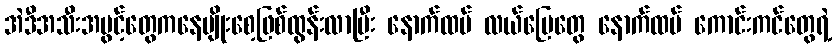
အဲဒီအသီးအပွင့်တွေကနေမျိုးစေ့ဖြစ်ထွန်းလာပြီး နောက်ထပ် လယ်မြေတွေ နောက်ထပ် ကောင်းကင်တွေရဲ့